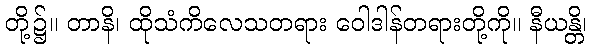
တို့၌။ တာနိ၊ ထိုသံကိလေသတရား ဝေါဒါန်တရားတို့ကို။ နီယန္တိ၊